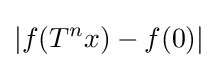
|f(T^{n}x)-f(0)|